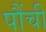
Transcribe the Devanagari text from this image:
पौंची